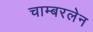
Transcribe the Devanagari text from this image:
चाम्बरलेन